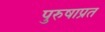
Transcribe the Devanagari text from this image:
पुरुषाप्रत